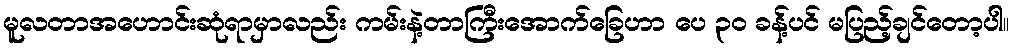
မူလတာအဟောင်းဆုံရာမှာလည်း ကမ်းနဲ့တာကြီးအောက်ခြေဟာ ပေ ၃၀ ခန့်ပင် မပြည့်ချင်တော့ပါ။